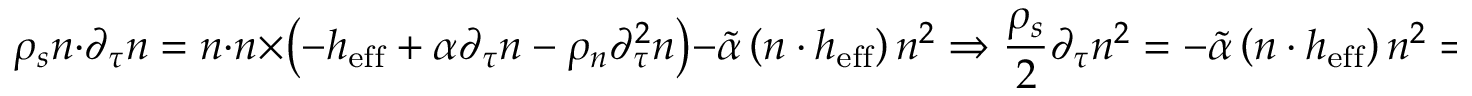
\rho _ { s } \boldsymbol { n } \cdot \partial _ { \tau } \boldsymbol { n } = \boldsymbol { n } \cdot \boldsymbol { n } \times \left( - \boldsymbol { h } _ { \mathrm { e f f } } + \alpha \partial _ { \tau } \boldsymbol { n } - \rho _ { n } \partial _ { \tau } ^ { 2 } \boldsymbol { n } \right) - \tilde { \alpha } \left( \boldsymbol { n } \cdot \boldsymbol { h } _ { \mathrm { e f f } } \right) \boldsymbol { n } ^ { 2 } \Rightarrow \frac { \rho _ { s } } { 2 } \partial _ { \tau } \boldsymbol { n } ^ { 2 } = - \tilde { \alpha } \left( \boldsymbol { n } \cdot \boldsymbol { h } _ { \mathrm { e f f } } \right) \boldsymbol { n } ^ { 2 } \Rightarrow \left| \boldsymbol { n } \right| \sim \exp \left( - \int { \boldsymbol { n } \cdot \boldsymbol { h } _ { \mathrm { e f f } } \left( T \right) \tilde { \alpha } \left( \rho _ { s } , T \right) d T } \right)